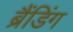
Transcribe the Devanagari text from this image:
ब्रैंडिंग